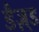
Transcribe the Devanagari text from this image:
डैज़्ड